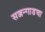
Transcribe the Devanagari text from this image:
सज्जन्गाडचा